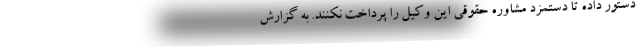
دستور داده تا دستمزد مشاوره حقوقی این وکیل را پرداخت نکنند. به گزارش